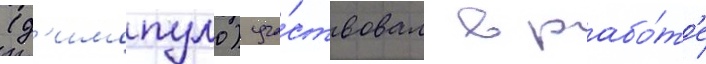
(д'имопуло) уча́ствовал в рабо́т'е